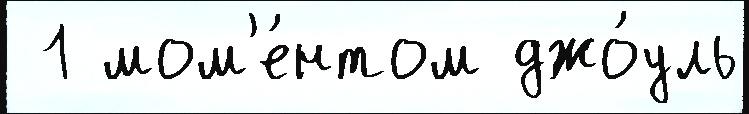
 1 мом'е́нтом джо́уль